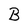
Character: B